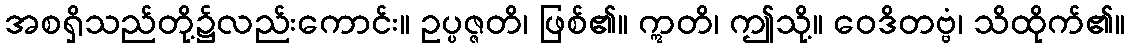
အစရှိသည်တို့၌လည်းကောင်း။ ဥပ္ပဇ္ဇတိ၊ ဖြစ်၏။ ဣတိ၊ ဤသို့။ ဝေဒိတဗ္ဗံ၊ သိထိုက်၏။